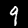
Label: 9